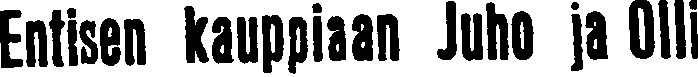
Entisen kauppiaan Juho ja Olli